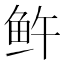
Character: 𬶉